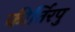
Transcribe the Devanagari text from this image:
कीर्तिरपु